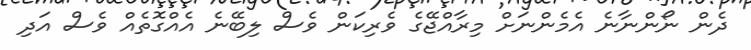
ދެން ނޯންނާނެ އެމެންނަށް މިރާއްޖޭގެ ވެރިކަން ވެސް ލިބޭނެ އެއްގޮތެއް ވެސް އަދި